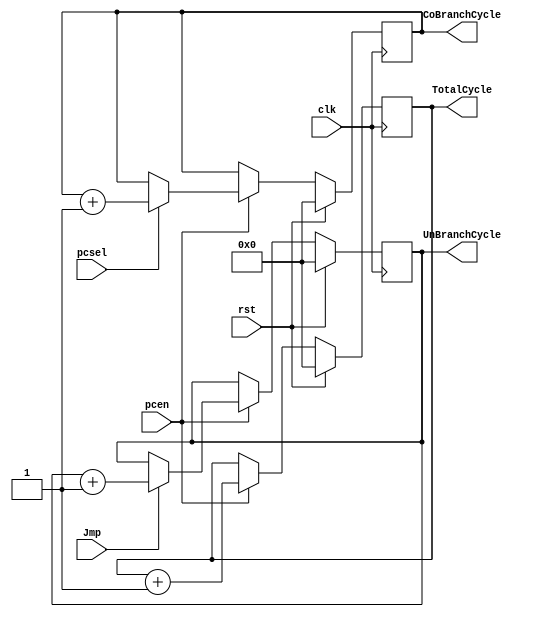
`timescale 1ns / 1ps
//////////////////////////////////////////////////////////////////////////////////
// Version: 2.20 20:30
//
//
//////////////////////////////////////////////////////////////////////////////////


module CycleStatistic(
    input wire pcen,
    input wire Jmp,
    input wire clk,
    input wire rst,
    input wire pcsel,
    output reg [31:0] TotalCycle,
    output reg [31:0] CoBranchCycle,
    output reg [31:0] UnBranchCycle
    );
always @ ( posedge clk ) begin
    if(rst) begin
        TotalCycle <= 0;
        CoBranchCycle <= 0;
        UnBranchCycle <= 0;
    end
    else if(pcen) begin
        TotalCycle <= TotalCycle + 1;
        if(pcsel)
            CoBranchCycle <= CoBranchCycle + 1;
        if(Jmp)
            UnBranchCycle <= UnBranchCycle + 1;
    end
end
endmodule